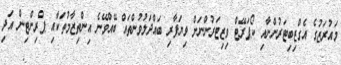
މައުރަޒުގެ އެގްޒިބިޓަރުންނާއި ކޯޕަރޭޓް ވިޒިޓަރުންނަށް ވިޔަފާރި ބައްދަލުވުންތައް ބޭއްވޭނެ އިންތިޒާމުތަކާއި ޕްރިންޓިން އަދި